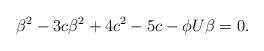
LaTeX: \begin{align*}\beta^2-3c\beta^2+4c^2-5c-\phi U\beta=0.\end{align*}